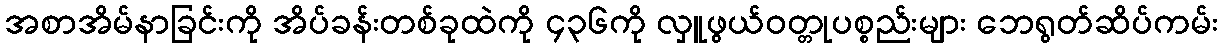
အစာအိမ်နာခြင်းကို အိပ်ခန်းတစ်ခုထဲကို ၄၃၆ကို လှူဖွယ်ဝတ္တုပစ္စည်းများ ဘေရွတ်ဆိပ်ကမ်း